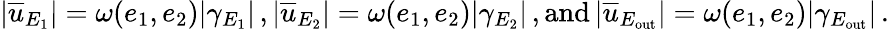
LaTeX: |\overline{{u}}_{E_{1}}|=\omega(e_{1},e_{2})|\gamma_{E_{1}}|\, ,|\overline{{u}}_{E_{2}}|=\omega(e_{1},e_{2})|\gamma_{E_{2}}|\, ,\mathrm{and}\, |\overline{{u}}_{E_{\mathrm{out}}}|=\omega(e_{1},e_{2})|\gamma_{E_{\mathrm{out}}}|\, .